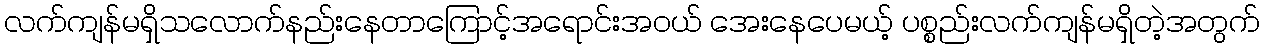
လက်ကျန်မရှိသလောက်နည်းနေတာကြောင့်အရောင်းအဝယ် အေးနေပေမယ့် ပစ္စည်းလက်ကျန်မရှိတဲ့အတွက်